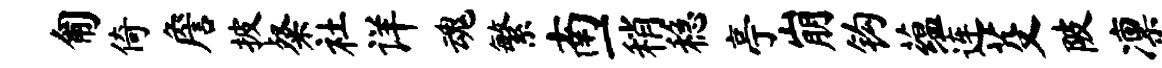
匍倚詹披粲社详魂繁南一稍稳亭崩钩蕴连芟陂凛